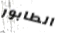
الطابور